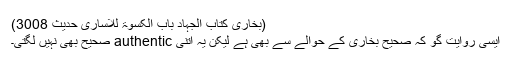
(بخاری کتاب الجہاد باب الکسوۃ للاساری حدیث 3008)
ایسی روایت گو کہ صحیح بخاری کے حوالے سے بھی ہے لیکن یہ اتنی authentic صحیح بھی نہیں لگتی۔